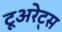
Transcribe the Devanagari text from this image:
टूअरेट्स